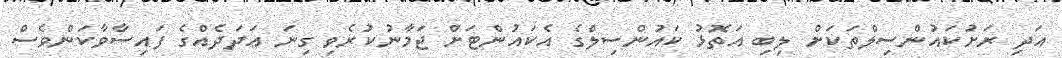
އަދި ރަށުކައުންސިލްތަކަށް ލިބި އަތޮޅު ކައުންސިލްގެ އެކައުންޓަށް ޖަމާނުކުރެވި ގިނަ ޢަދަދެއްގެ ފައިސާވާކަންވެސް